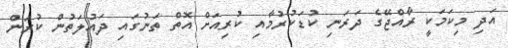
އަދި މިކަމަކީ ރާއްޖޭގެ ދަރަނި ކުޑަކުރުމާއި ކުރިއަށް އޮތް ތަނުގައި ދައުލަތުން ކުރަން